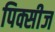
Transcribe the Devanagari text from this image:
पिक्सीज